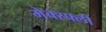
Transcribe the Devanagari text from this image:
मेक्स्फ्ली